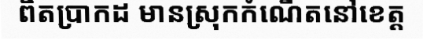
ពិតប្រាកដ មានស្រុកកំណើតនៅខេត្ត